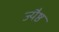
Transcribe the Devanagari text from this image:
ज्यैष्ठ